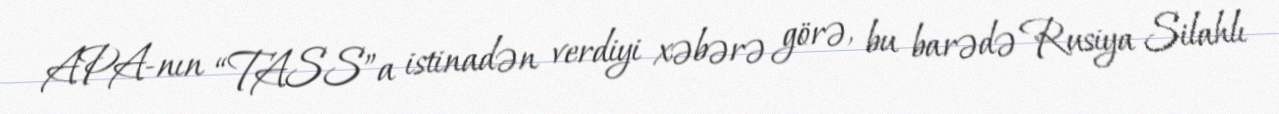
APA-nın “TASS”a istinadən verdiyi xəbərə görə, bu barədə Rusiya Silahlı